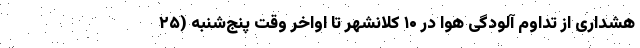
هشداری از تداوم آلودگی هوا در ۱۰ کلانشهر تا اواخر وقت پنج‌شنبه (۲۵